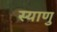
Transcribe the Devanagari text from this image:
स्याणु